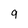
Character: 9